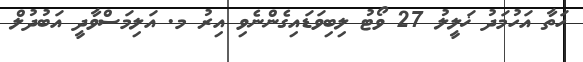
ހަތާ އަހުމަދު ޚަލީލު 27 ވޯޓު ލިބިވަޑައިގެންނެވި އިރު މ. އަލިމަސްވާދީ އަބުދުލް